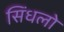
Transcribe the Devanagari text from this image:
सिंधलो